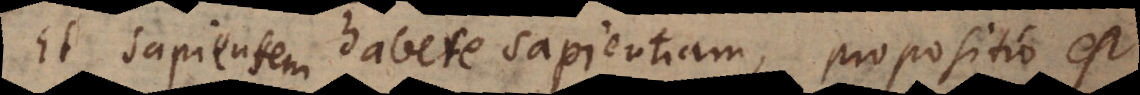
Et sapientem habere sapientiam, propositio est